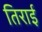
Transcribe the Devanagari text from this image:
तिराई